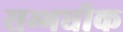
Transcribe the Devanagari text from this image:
सम्भधीक